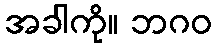
အခါကို။ ဘဂဝ